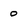
Character: 0